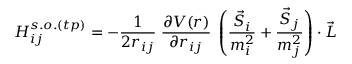
H _ { i j } ^ { s . o . ( t p ) } = - { \frac { 1 } { 2 r _ { i j } } } \; { \frac { \partial V ( r ) } { \partial r _ { i j } } } \; \left( { { \frac { \vec { S } _ { i } } { m _ { i } ^ { 2 } } } + { \frac { \vec { S } _ { j } } { m _ { j } ^ { 2 } } } } \right) \cdot \vec { L }